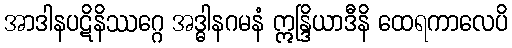
အာဒါနပဋိနိဿဂ္ဂေ အဒ္ဓါနဂမနံ ဣန္ဒြိယာဒီနိ ထေရကာလေပိ